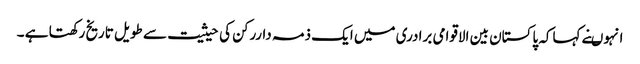
انہوںنے کہاکہ پاکستان بین الاقوامی برادری میں ایک ذمہ داررکن کی حیثیت سے طویل تاریخ رکھتا ہے ۔